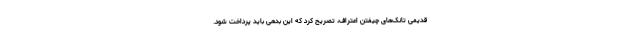
قدیمی تانک‌های چیفتن اعتراف، تصریح کرد که این بدهی باید پرداخت شود.